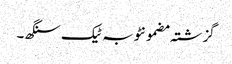
گزشتہ مضمونٹوبہ ٹیک سنگھ ۔